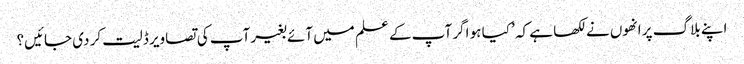
اپنے بلاگ پر انھوں نے لکھا ہے کہ ’ کیا ہو اگر آپ کے علم میں آئے بغیر آپ کی تصاویر ڈلیت کر دی جائیں؟